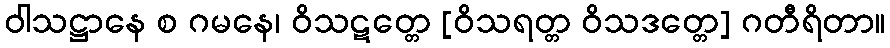
ဝါသဋ္ဌာနေ စ ဂမနေ၊ ဝိသဋတ္တေ [ဝိသရတ္တ ဝိသဒတ္တေ] ဂတီရိတာ။